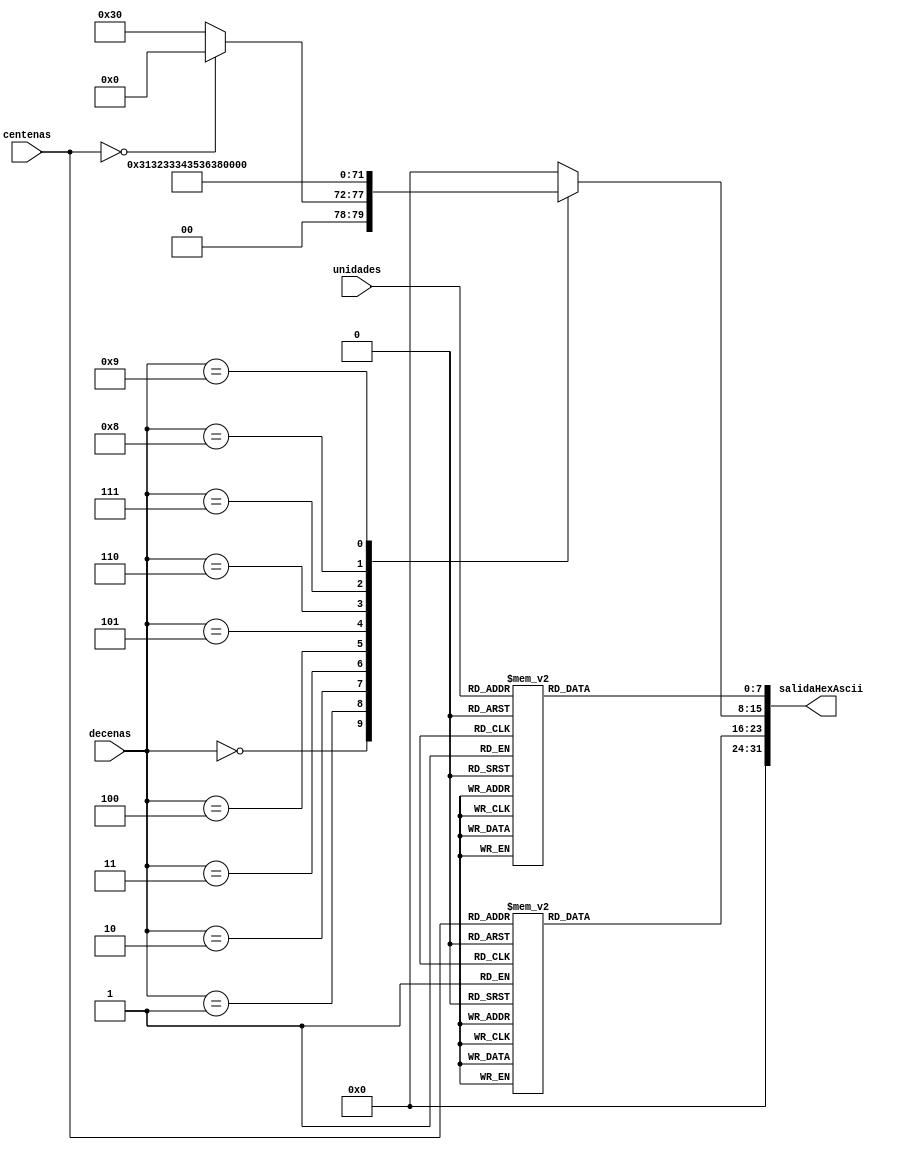
`timescale 1ns / 1ps

/*
Cada numero en decimal tiene una representacion en hexadecimal en ascii, 
0 = h30,
1 = h31,
etc
El modulo recibe 3 numeros de 0-9, los cuales los convierte en hex codigo ascii.
por ej para el numero 123, la salida en hexAscii seria
xx313233, donde xx es para los millares, pero no son implementados en el modulo, por
lo que son indeffinidos.
*/

module convertidorDecToHexAscii(
    input [3:0] unidades,
    input [3:0] decenas,
    input [3:0] centenas,
    output [31:0] salidaHexAscii
    );

	reg [7:0] contenedorUnidades;
	reg [7:0] contenedorDecenas;
	reg [7:0] contenedorCentenas;
	reg [7:0] contenedorMillares;
	
	always @(unidades, decenas, centenas) begin
	
		//siempre se deshabilita el de millares porque no es necesario
		//ascii indefinidso
		contenedorMillares <= 8'h00;		
		case(unidades)
			0:
				contenedorUnidades <= 8'h30;
			1:
				contenedorUnidades <= 8'h31;	
			2:
				contenedorUnidades <= 8'h32;
			3:
				contenedorUnidades <= 8'h33;
			4:
				contenedorUnidades <= 8'h34;
			5:
				contenedorUnidades <= 8'h35;
			6:
				contenedorUnidades <= 8'h36;
			7:
				contenedorUnidades <= 8'h37;
			8:
				contenedorUnidades <= 8'h38;
			9:
				contenedorUnidades <= 8'h39;
			default:
				contenedorUnidades <= 8'h00;
		endcase
		
		case(decenas)
			0:
				if(centenas == 0)
					contenedorDecenas <= 8'h00;
				else
					contenedorDecenas <= 8'h30;
			1:
				contenedorDecenas <= 8'h31;	
			2:
				contenedorDecenas <= 8'h32;
			3:
				contenedorDecenas <= 8'h33;
			4:
				contenedorDecenas <= 8'h34;
			5:
				contenedorDecenas <= 8'h35;
			6:
				contenedorDecenas <= 8'h36;
			7:
				contenedorDecenas <= 8'h37;
			8:
				contenedorDecenas <= 8'h38;
			9:
				contenedorDecenas <= 8'h39;
			default:
				contenedorDecenas <= 8'h00;
		endcase
		
		case(centenas)
			0:
				contenedorCentenas <= 8'h00;
			1:
				contenedorCentenas <= 8'h31;	
			2:
				contenedorCentenas <= 8'h32;
			3:
				contenedorCentenas <= 8'h33;
			4:
				contenedorCentenas <= 8'h34;
			5:
				contenedorCentenas <= 8'h35;
			6:
				contenedorCentenas <= 8'h36;
			7:
				contenedorCentenas <= 8'h37;
			8:
				contenedorCentenas <= 8'h38;
			9:
				contenedorCentenas <= 8'h39;
			default:
				contenedorCentenas <= 8'h00;
		endcase

	end

	assign salidaHexAscii = {contenedorMillares, contenedorCentenas, contenedorDecenas, contenedorUnidades};

endmodule